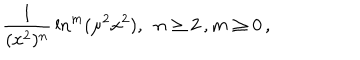
LaTeX: { \frac { 1 } { ( x ^ { 2 } ) ^ { n } } } \ln ^ { m } ( \mu ^ { 2 } x ^ { 2 } ) , ~ ~ n \geq 2 \, , m \geq 0 \, ,